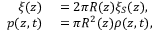
\begin{array} { r l } { \xi ( z ) } & { { } = 2 \pi R ( z ) \xi _ { S } ( z ) , } \\ { p ( z , t ) } & { { } = \pi R ^ { 2 } ( z ) \rho ( z , t ) , } \end{array}